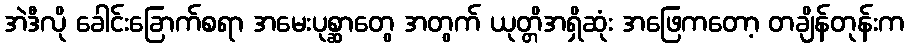
အဲဒီလို ခေါင်းခြောက်စရာ အမေးပုစ္ဆာတွေ အတွက် ယုတ္တိအရှိဆုံး အဖြေကတော့ တချိန်တုန်းက